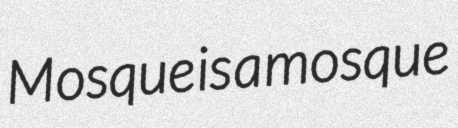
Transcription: Mosque is a mosque